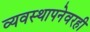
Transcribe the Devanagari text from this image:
व्यवस्थापनेवरही